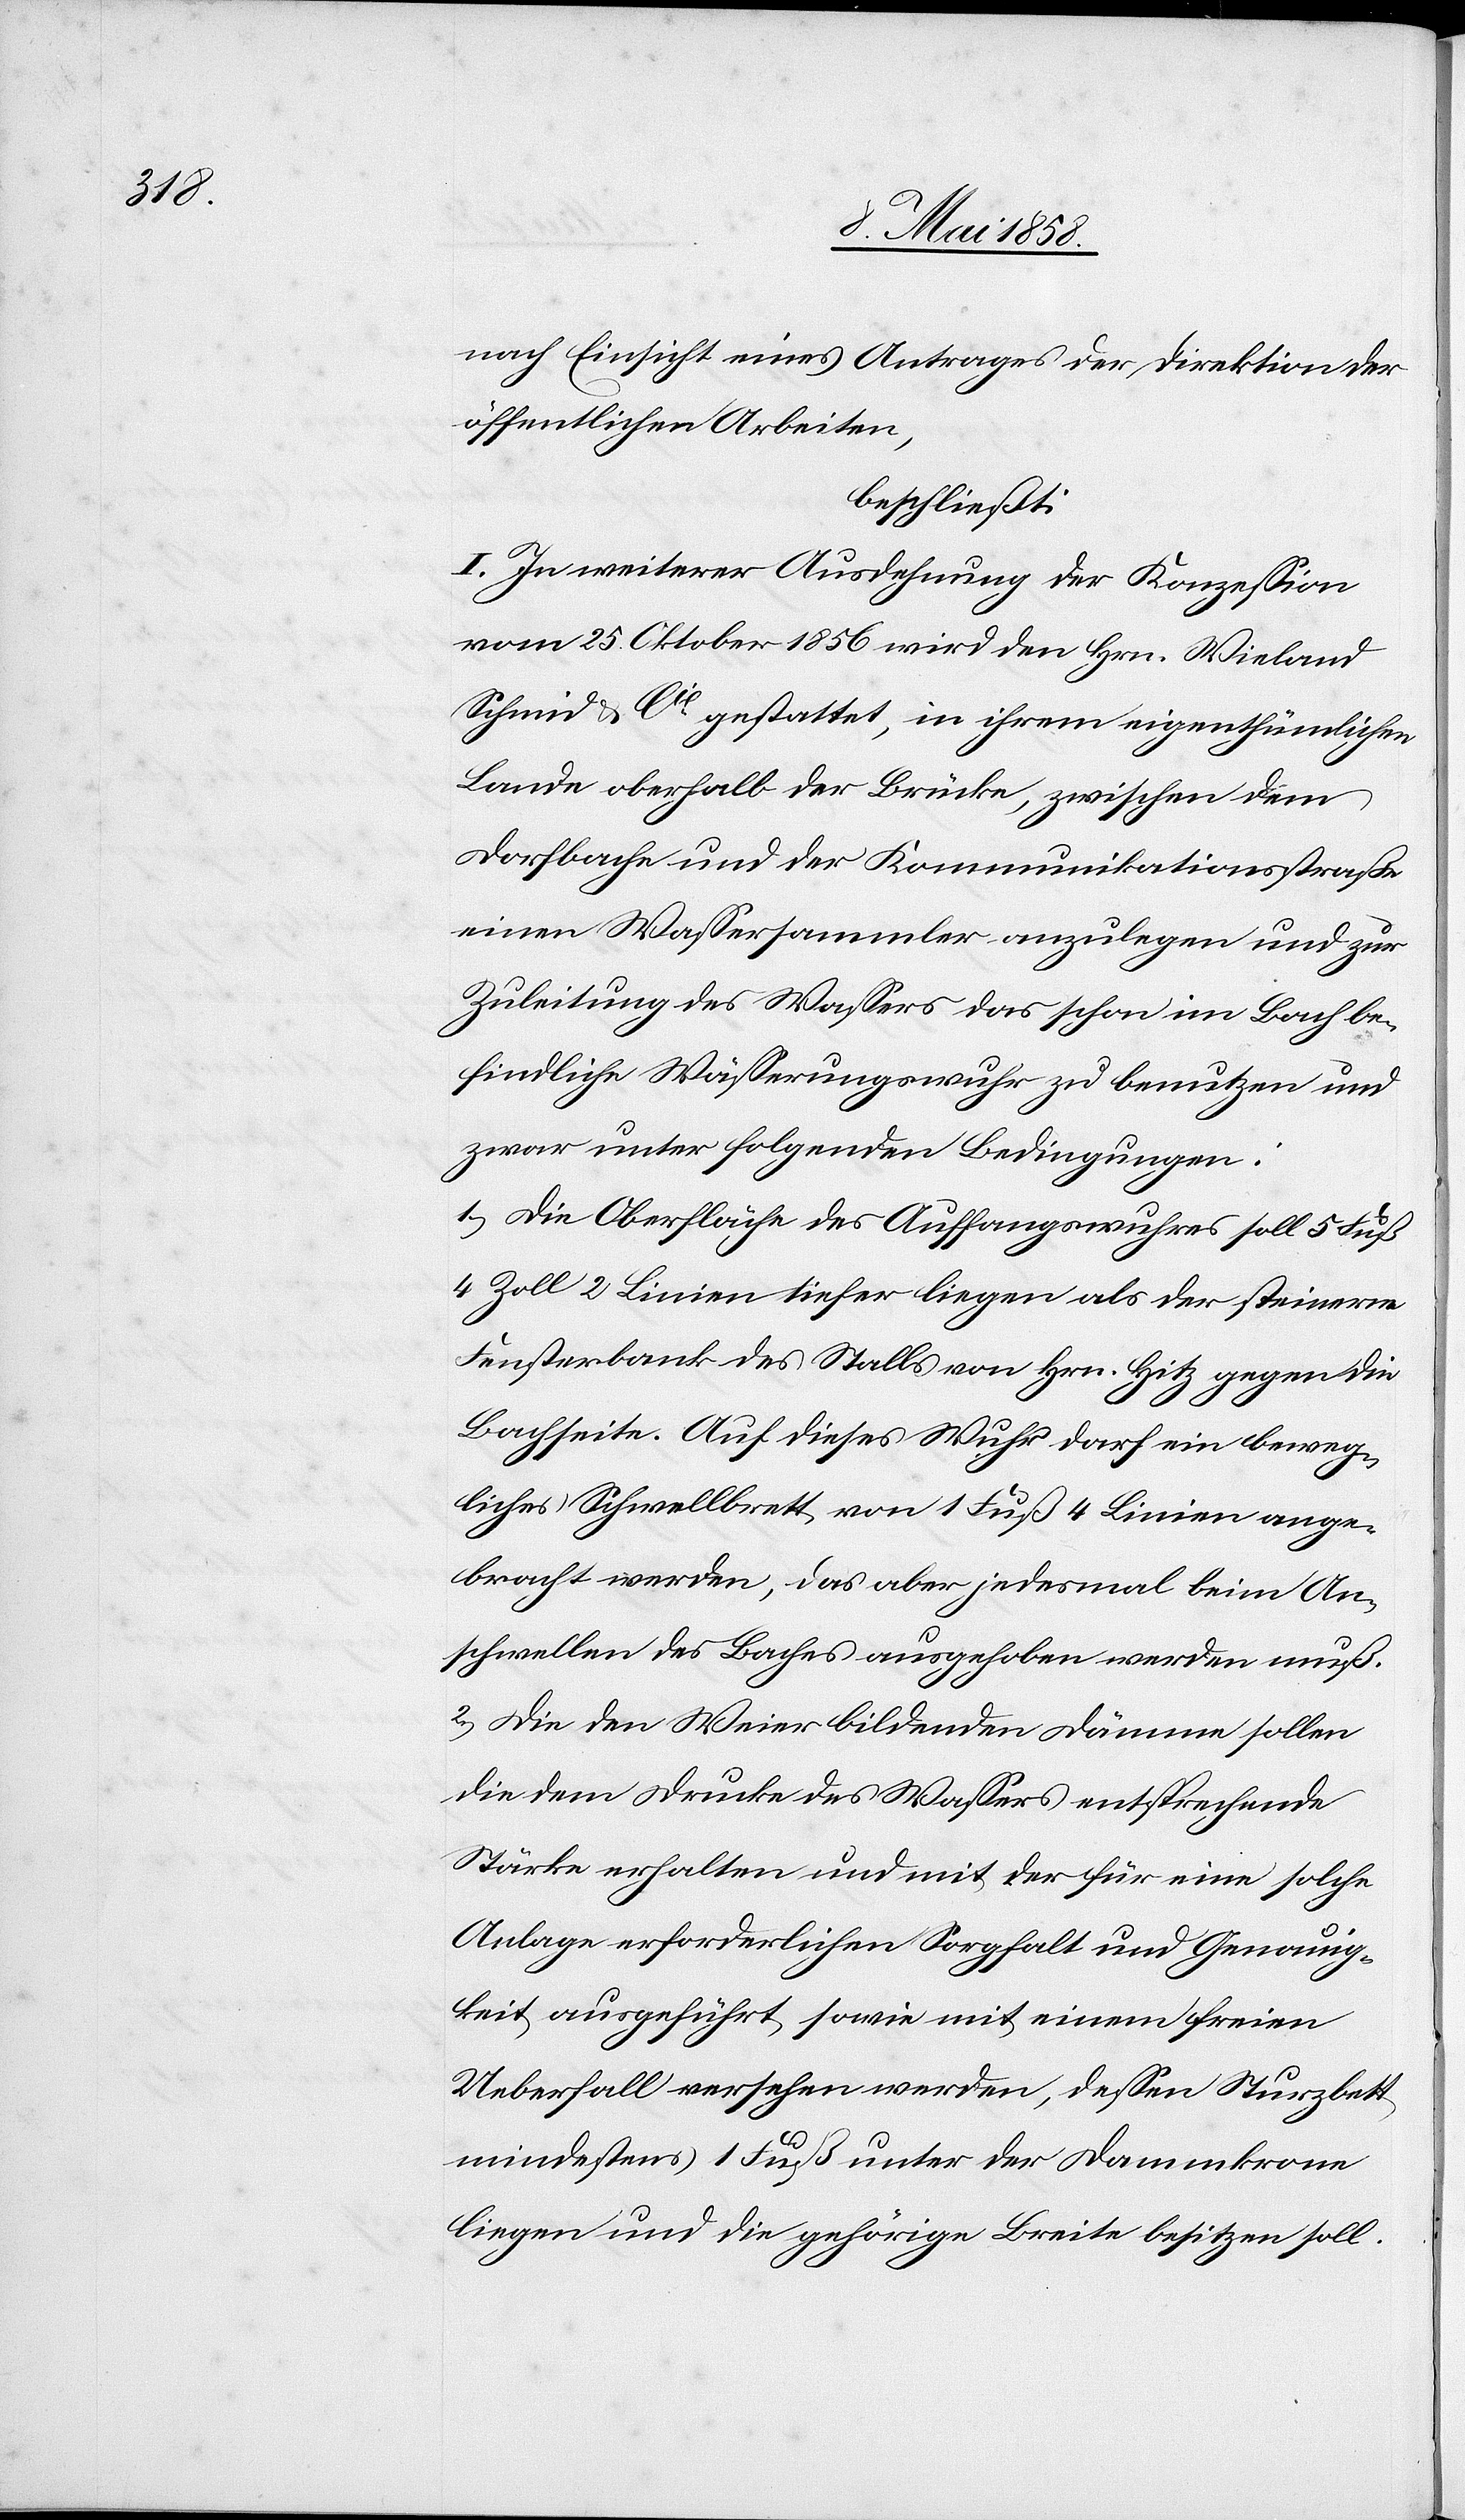
nach Einsicht eines Antrages der Direktion der
öffentlichen Arbeiten,
beschließt:
I. In weiterer Ausdehnung der Konzession
vom 25. Oktober 1856 wird den Hrn. Wieland
Schmid & Cie gestattet, in ihrem eigenthümlichen
Lande oberhalb der Brücke, zwischen dem
Dorfbache und der Kommunikationsstraße
einen Wassersammler anzulegen und zur
Zuleitung des Wassers das schon im Bach be¬
findliche Wässerungswuhr zu benutzen und
zwar unter folgenden Bedingungen:
1.) Die Oberfläche des Auffangswurhes soll 5 Fuß
4 Zoll 2 Linien tiefer liegen als der steinerne
Fensterbank des Stalles von Hrn. Hitz [sic!] gegen die
Bachseite. Auf dieses Wuhr darf ein beweg¬
liches Schwellbrett von 1 Fuß 4 Linien ange¬
bracht werden, das aber jedesmal beim An¬
schwellen des Baches ausgehoben werden muß.
2.) Die den Weier bildenden Dämme sollen
die dem Drucke des Wassers entsprechende
Stärke erhalten und mit der für eine solche
Anlage erforderlichen Sorgfalt und Genauig¬
keit ausgeführt, sowie mit einem freien
Ueberfall versehen werden, dessen Sturzbett
mindestens 1 Fuß unter der Dammkrone
liegen und die gehörige Breite besitzen soll.